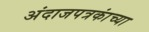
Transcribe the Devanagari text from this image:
अंदाजपत्रकांच्या